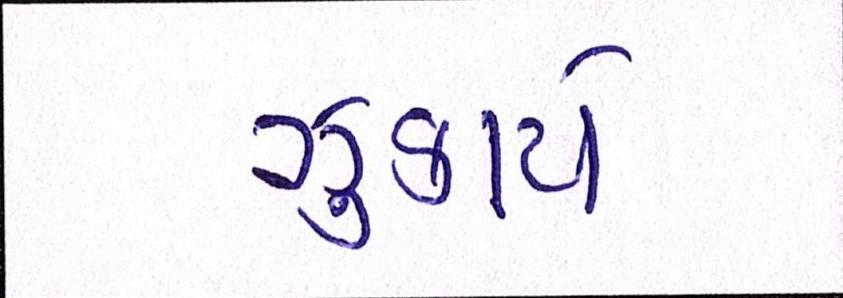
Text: ઝુકાયે